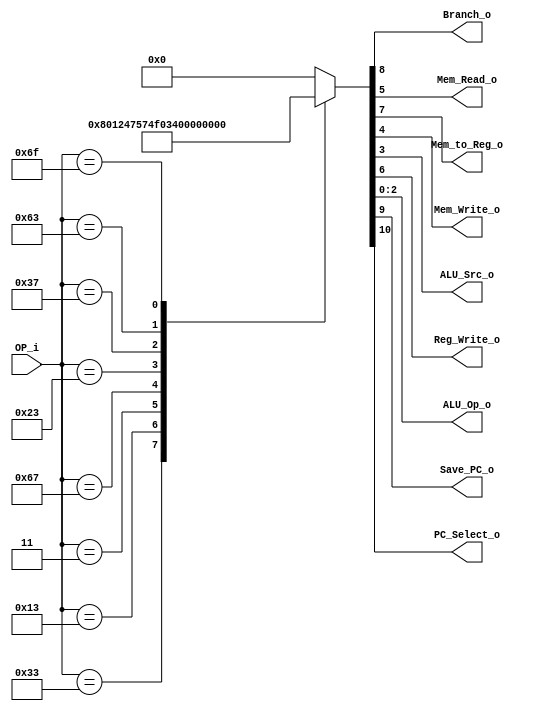
/******************************************************************
* Description
*	This is control unit for the RISC-V Microprocessor. The control unit is 
*	in charge of generation of the control signals. Its only input 
*	corresponds to opcode from the instruction bus.
*	1.0
* Author:
*	Dr. Jos Luis Pizano Escalante
* email:
*	luispizano@iteso.mx
* Date:
*	16/08/2021
******************************************************************/
module Control
(
	input [6:0]OP_i,
	
	
	output Branch_o,
	output Mem_Read_o,
	output Mem_to_Reg_o,
	output Mem_Write_o,
	output ALU_Src_o,
	output Reg_Write_o,
	output [2:0]ALU_Op_o,
	output Save_PC_o,
	output PC_Select_o
);

localparam R_Type				= 7'b0110011;
localparam I_Type_LOGIC		= 7'b0010011;
localparam I_Type_MEMORY	= 7'b0000011;
localparam I_Type_JUMP		= 7'b1100111;
localparam S_Type				= 7'b0100011;
localparam U_Type				= 7'b0110111;
localparam B_Type				= 7'b1100011;
localparam J_Type				= 7'b1101111;


reg [10:0] control_values;

always@(OP_i) begin	
	case(OP_i)//                     	  109_876_54_3_210
		R_Type:		 	control_values = 11'b00_001_00_0_000;
		I_Type_LOGIC:	control_values = 11'b00_001_00_1_001;
		I_Type_MEMORY: control_values = 11'b00_011_10_1_010;
		I_Type_JUMP: 	control_values = 11'b11_101_00_1_111;
		S_Type:			control_values = 11'b00_000_01_1_010;
		U_Type:			control_values = 11'b00_001_00_1_100;
		B_Type:			control_values = 11'b00_100_00_0_101;
		J_Type:	 		control_values = 11'b01_101_00_1_110;

		default:
			control_values= 9'b000_00_000;
		endcase
end	

assign PC_Select_o = control_values[10];

assign Save_PC_o = control_values[9];

assign Branch_o = control_values[8];

assign Mem_to_Reg_o = control_values[7];

assign Reg_Write_o = control_values[6];

assign Mem_Read_o = control_values[5];

assign Mem_Write_o = control_values[4];

assign ALU_Src_o = control_values[3];

assign ALU_Op_o = control_values[2:0];	

endmodule